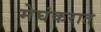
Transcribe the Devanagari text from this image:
मेघंकरात